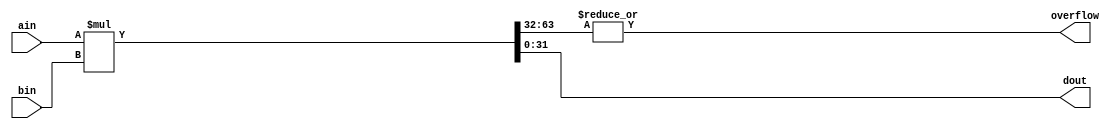
`timescale 1ns / 1ps
//////////////////////////////////////////////////////////////////////////////////
// Company: 
// Engineer: 
// 
// Design Name: 
// Module Name: my_mul
// Project Name: 
// Target Devices: 
// Tool Versions: 
// Description: 
// 
// Dependencies: 
// 
// Revision:
// Revision 0.01 - File Created
// Additional Comments:
// 
//////////////////////////////////////////////////////////////////////////////////


module my_mul(
  ain,
  bin,
  dout,
  overflow  
);
    parameter BITWIDTH = 32;
    
    input [BITWIDTH-1:0] ain;
    input [BITWIDTH-1:0] bin;
    output [BITWIDTH-1:0] dout;
    output overflow;
 
    wire [63:0] result;
    assign result = ain * bin;
    assign dout = result[31:0];
    assign overflow = |result[63:32];
    
endmodule